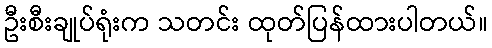
ဦးစီးချုပ်ရုံးက သတင်း ထုတ်ပြန်ထားပါတယ်။